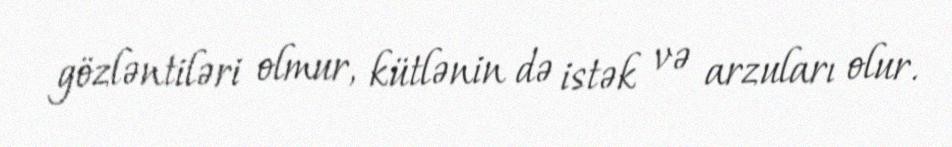
gözləntiləri olmur, kütlənin də istək və arzuları olur.